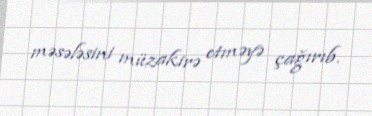
məsələsini müzakirə etməyə çağırıb.